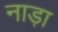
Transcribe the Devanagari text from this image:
नाड़ा